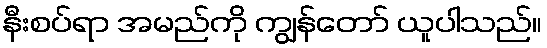
နီးစပ်ရာ အမည်ကို ကျွန်တော် ယူပါသည်။